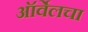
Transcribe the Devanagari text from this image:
ऑर्वेलचा